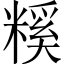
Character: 𥻺